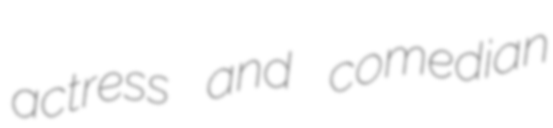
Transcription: actress and comedian